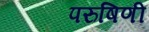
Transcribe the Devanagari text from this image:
परुषिणी